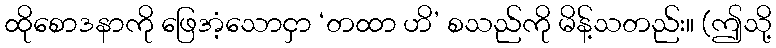
ထိုစောဒနာကို ဖြေအံ့သောငှာ ‘တထာ ဟိ’ စသည်ကို မိန့်သတည်း။ (ဤသို့